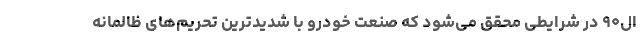
ال۹۰ در شرایطی محقق می‌شود که صنعت خودرو با شدیدترین تحریم‌های ظالمانه